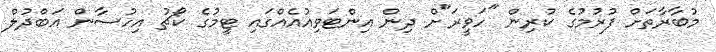
މުބާރާތަށް ފުރުމުގެ ކުރިން "ހަވީރަ"ށް ދިން އިންޓަވިއުއެއްގައި ޓީމުގެ ކޯޗު އިހުސާން އަބްދުލް